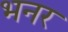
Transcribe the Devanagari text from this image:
भनर